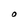
Character: O